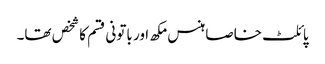
پائلٹ خاصا ہنس مکھ اور باتونی قسم کا شخص تھا۔